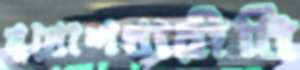
মুখোশধারীবি